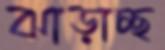
ঝাড়াচ্ছ